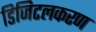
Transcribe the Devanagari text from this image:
डिजिटलकरण